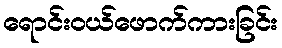
ရောင်းဝယ်ဖောက်ကားခြင်း